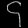
Digit: ၄